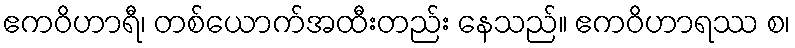
ဧကဝိဟာရီ၊ တစ်ယောက်အထီးတည်း နေသည်။ ဧကဝိဟာရဿ စ၊